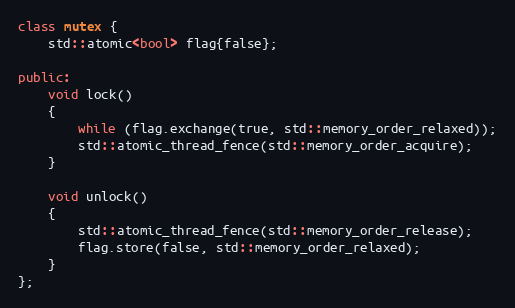
Language: C++
class mutex {
    std::atomic<bool> flag{false};

public:
    void lock()
    {
        while (flag.exchange(true, std::memory_order_relaxed));
        std::atomic_thread_fence(std::memory_order_acquire);
    }

    void unlock()
    {
        std::atomic_thread_fence(std::memory_order_release);
        flag.store(false, std::memory_order_relaxed);
    }
};